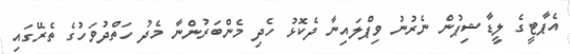
އެޕާޓީގެ ލީޑާޝިޕުން ނެރުނު ވިޕްލައިނާ ދެކޮޅު ހެދި މެންބަރުންނާ މެދު ހަތްދުވަހުގެ ތެރޭގައި